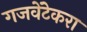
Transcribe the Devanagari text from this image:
गजवेंटेकरा